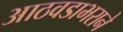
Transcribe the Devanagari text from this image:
आठवडाभराने